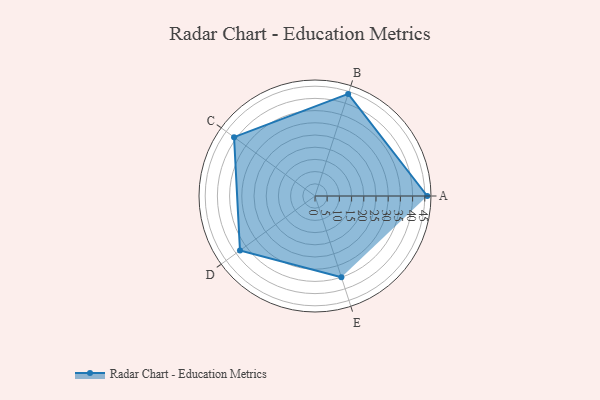
{"axis": {"x": "Skill", "y": "Score"}, "legend": ["Profile"], "data": [{"x": "A", "y": 46.0, "type": "Profile"}, {"x": "B", "y": 44.0, "type": "Profile"}, {"x": "C", "y": 41.0, "type": "Profile"}, {"x": "D", "y": 38.0, "type": "Profile"}, {"x": "E", "y": 35.0, "type": "Profile"}]}